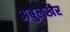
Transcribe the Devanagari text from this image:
अबुलखैर